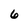
Character: 6